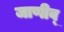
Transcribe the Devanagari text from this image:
जाणीव्